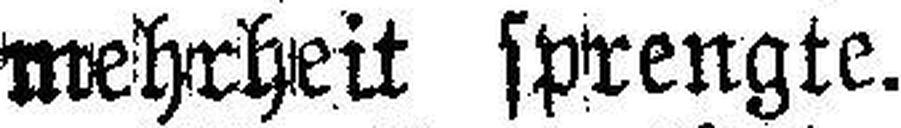
mehrheit sprengte.